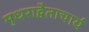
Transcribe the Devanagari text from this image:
मुधराद्वैताचार्य